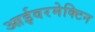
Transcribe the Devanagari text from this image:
आईवरमेक्टिन